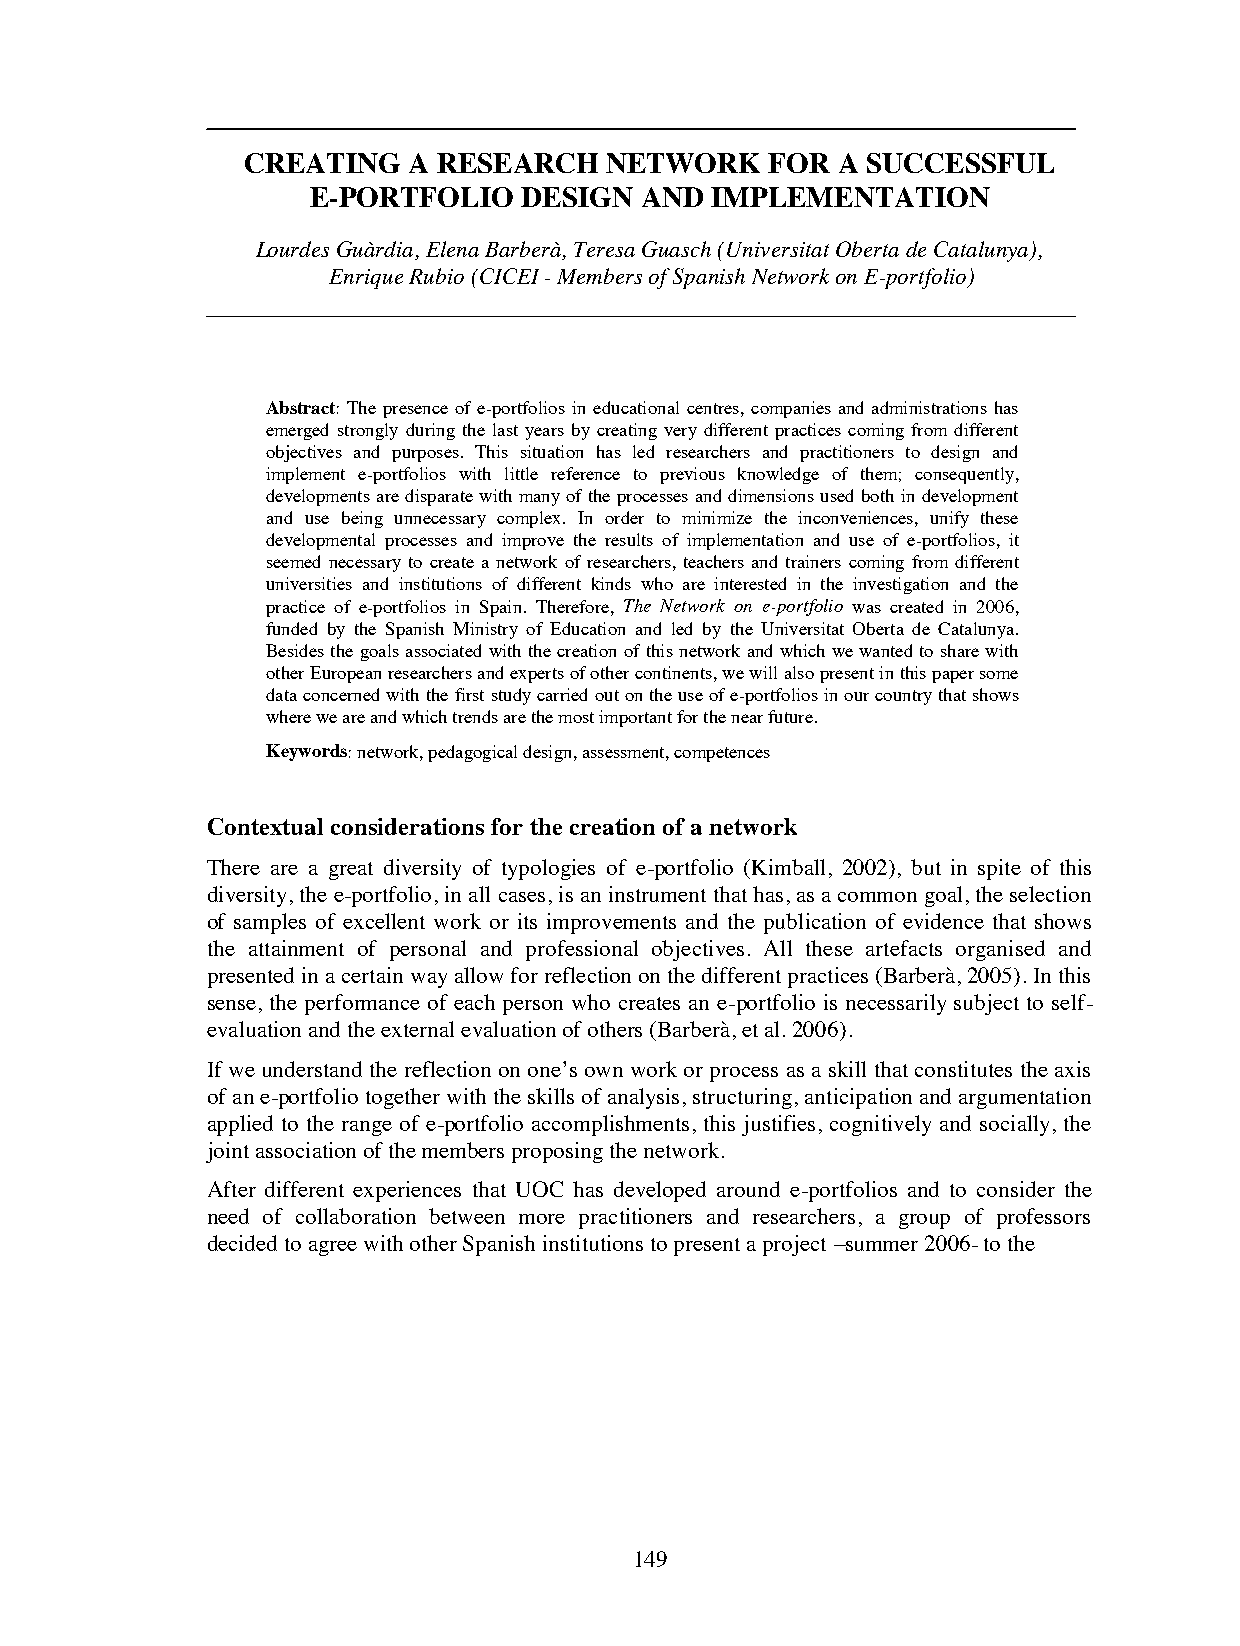
CREATING   A RESEARCH   NETWORK    FOR A SUCCESSFUL
 E-PORTFOLIO    DESIGN AND  IMPLEMENTATION
 Lourdes Guàrdia, Elena Barberà, Teresa Guasch (Universitat Oberta de Catalunya),
 Enrique Rubio (CICEI- Members of Spanish Network on E-portfolio)
 Abstract: The presence of e-portfolios in educational centres, companies and administrations has
 emerged strongly during the last years by creating very different practices coming from different
 objectives and purposes. This situation has led researchers and practitioners to design and
 implement e-portfolios with little reference to previous knowledge of them; consequently,
 developments are disparate with many of the processes and dimensions used both in development
 and use being unnecessary complex. In order to minimize the inconveniences, unify these
 developmental processes and improve the results of implementation and use of e-portfolios, it
 seemed necessary to create a network of researchers, teachers and trainers coming from different
 universities and institutions of different kinds who are interested in the investigation and the
 practice of e-portfolios in Spain. Therefore, The Network on e-portfolio was created in 2006,
 funded by the Spanish Ministry of Education and led by the Universitat Oberta de Catalunya.
 Besides the goals associated with the creation of this network and which we wanted to share with
 other European researchers and experts of other continents, we will also present in this paper some
 data concerned withthe first study carried out on the use of e-portfolios in our country that shows
 where we are and which trends are the most important for the near future.
 Keywords:network, pedagogical design, assessment, competences
 Contextual considerations for the creation of a network
 There are a great diversity of typologies of e-portfolio (Kimball, 2002), but in spite of this
 diversity, the e-portfolio, in all cases, is an instrument that has, as a common goal, the selection
 of samples of excellent work or its improvements and the publication of evidence that shows
 the attainment of personal and professional objectives. All these artefacts organised and
 presented in a certain way allow for reflection on the different practices (Barberà, 2005). In this
 sense, the performance of each person who creates an e-portfolio is necessarily subject to self-
 evaluation and the external evaluation of others (Barberà, et al. 2006).
 If we understand the reflection on one’s own work or process as a skill that constitutes the axis
 of an e-portfolio together with the skills of analysis, structuring, anticipation and argumentation
 applied to the range of e-portfolio accomplishments, this justifies, cognitively and socially, the
 joint association of the members proposing the network.
 After different experiences that UOC has developed around e-portfolios and to consider the
 need of collaboration between more practitioners and researchers, a group of professors
 decided to agree with other Spanish institutions to present a project –summer 2006- to the
 149